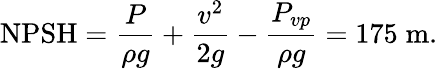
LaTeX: \textrm{NPSH}=\frac{P}{\rho g}+\frac{v^{2}}{2g}-\frac{P_{vp}}{\rho g}=175\; \mathrm{{m}.}